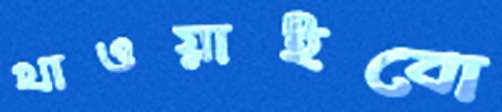
খাওয়াইবো